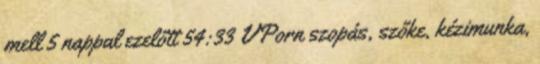
mell 5 nappal ezelőtt 54:33 VPorn szopás, szőke, kézimunka,